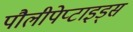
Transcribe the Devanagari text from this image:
पौलीपेप्टाइड्स